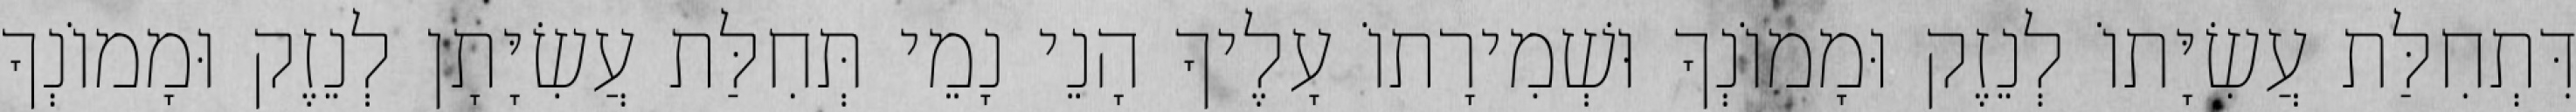
דִּתְחִלַּת עֲשִׂיָּתוֹ לְנֵזֶק וּמָמוֹנְךָ וּשְׁמִירָתוֹ עָלֶיךָ הָנֵי נָמֵי תְּחִלַּת עֲשִׂיָּתָן לְנֵזֶק וּמָמוֹנְךָ